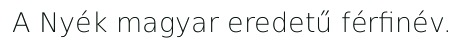
A Nyék magyar eredetű férfinév.